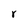
Character: r